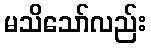
မသိသော်လည်း